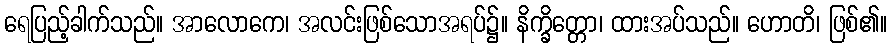
ရေပြည့်ခါက်သည်။ အာလောကေ၊ အလင်းဖြစ်သောအရပ်၌။ နိက္ခိတ္တော၊ ထားအပ်သည်။ ဟောတိ၊ ဖြစ်၏။